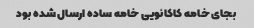
بجای خامه کاکائویی خامه ساده ارسال شده بود